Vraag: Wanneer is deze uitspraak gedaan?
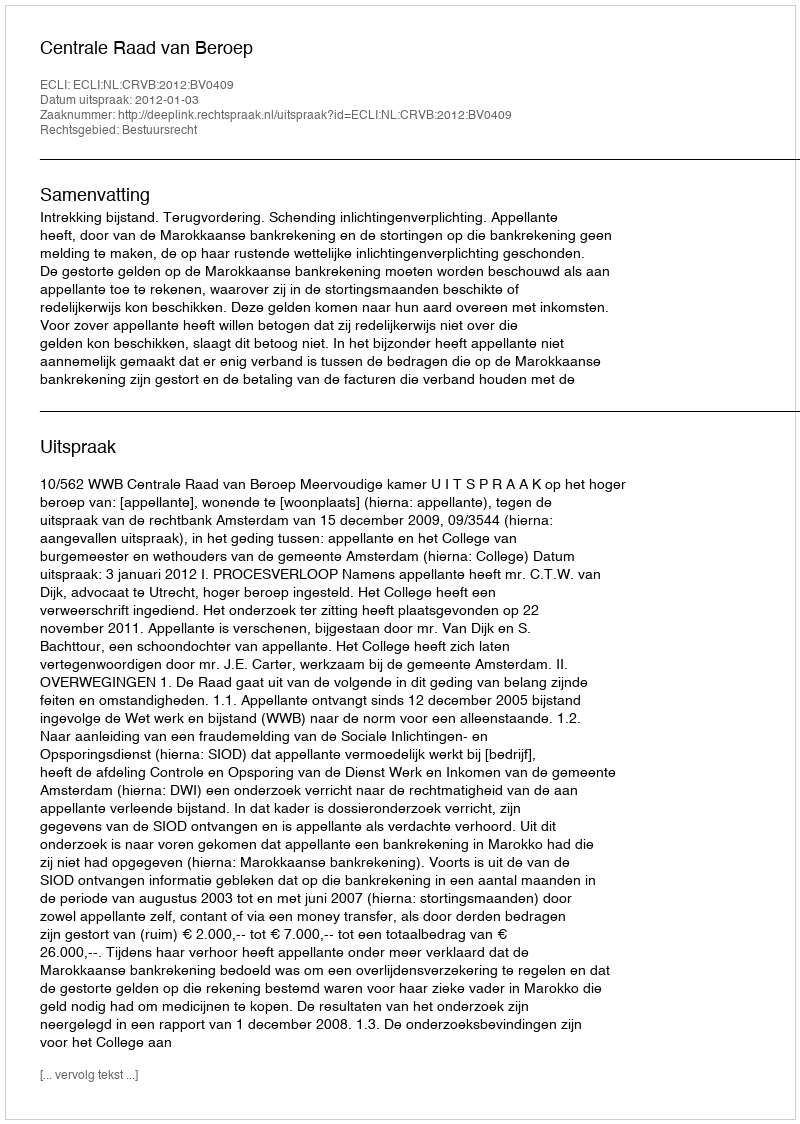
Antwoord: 2012-01-03